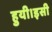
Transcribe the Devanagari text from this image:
हुयी।इसी